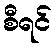
စီရင်